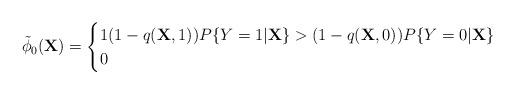
LaTeX: \begin{align*}\tilde{\phi}_{0}(\textbf{X})=\begin{cases}1 (1-q(\textbf{X},1))P\{Y=1 \vert \textbf{X}\} > (1 -q(\textbf{X}, 0)) P\{Y=0 \vert \textbf{X}\}\\0 \end{cases}\end{align*}